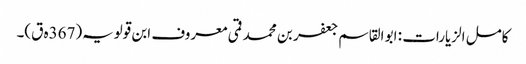
کامل الزیارات : ابو القاسم جعفر بن محمد قمی معروف ابن قولویہ(367ہ ق)۔